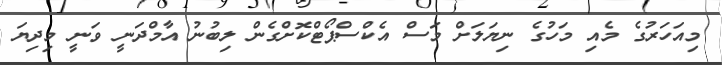
މިއަހަރުގެ މެއި މަހުގެ ނިޔަލަށް މަސް އެކްސްޕޯޓްކޮށްގެން ލިބުނު އާމްދަނީ ވަނީ މިދިޔަ